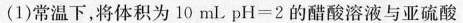
(1)常温下，将体积为10ml pH=2的醋酸溶液与亚硫酸